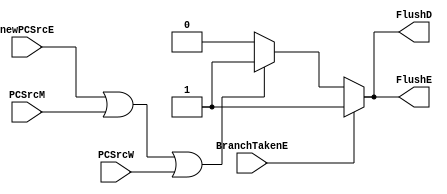
module StallforControlHazard(
    input newPCSrcE,
    input PCSrcM,
    input PCSrcW,
    input BranchTakenE,
    output reg FlushD,
    output reg FlushE
);
  always @(*) begin
    if (BranchTakenE == 1'b1) begin
       FlushD = 1'b1;
       FlushE = 1'b1;
    end
    else if (newPCSrcE == 1'b1 || PCSrcM == 1'b1 || PCSrcW == 1'b1) begin
       FlushD = 1'b1;
       FlushE = 1'b1;
    end
    else begin
       FlushD = 1'b0;
       FlushE = 1'b0;
    end
  end
endmodule

module StallforDataHazard(
    input [3:0] ReadRegister1,
    input [3:0] ReadRegister2,
    input [3:0] WriteRegisterE,
    input [3:0] WriteRegisterW,
    input [1:0] OpcodeE,
    input RegWriteE,
    input RegWriteW,
    input BranchTakenE,
    input IsReadAddr1_ValidE,
    output reg StallF,
    output reg StallD,
    output reg FlushCtrlD
);

    always @(*) begin

        if (RegWriteE == 1'b1 && OpcodeE == 2'b01 && (WriteRegisterE == ReadRegister1 || WriteRegisterE == ReadRegister2
    )) begin // if inst in EXE is "load"
    
                StallF = 1; // pipe registers are disabled when the signal is 0
                StallD = 1;
                FlushCtrlD = 1;
                // when flushCtrlID is 1, input ctrl sig of pipe register ID/EXE will be 0
          end
        else if (BranchTakenE == 1'b0 && RegWriteW == 1'b1 && (WriteRegisterW == ReadRegister1 || WriteRegisterW == ReadRegister2))
           begin StallF = 1; StallD = 1; FlushCtrlD = 1;
           end
        else begin
            StallF = 0;
            StallD = 0;
            FlushCtrlD = 0;
        end
    end

endmodule

module ForwardforDataHazard(
    input [3:0] ReadAddr1E,
    input [3:0] ReadAddr2E,
    input InvalidRegE, // is ReadAddr2 Invalid?
    input [3:0] WriteAddrM,
    input regWriteM,
    input [3:0] WriteAddrW,
    input regWriteW,
    input IsReadAddr1_ValidE, 
    input IsReadAddr2_ValidE, 

    output reg [1:0] ForwardAE,
    output reg [1:0] ForwardBE
);

    wire match1EM;
    wire match1EW;
    wire match2EM;
    wire match2EW;

    // match(x)E(a) means:
    // if ReadRegister(x) in the state E is same to WriteRegister in the stage (a) 
    // then match(x)E(a) is 1; otherwise it is 0
    assign match1EM = (ReadAddr1E == WriteAddrM) ? 1'b1 : 1'b0;
    assign match1EW = (ReadAddr1E == WriteAddrW) ? 1'b1 : 1'b0;
    assign match2EM = (ReadAddr2E == WriteAddrM) ? 1'b1 : 1'b0;
    assign match2EW = (ReadAddr2E == WriteAddrW) ? 1'b1 : 1'b0;

    // 10: forward from MEM stage to EXE stage
    // 01: forward from WB stage to EXE stage
    // 00: normal operation
    always @(*) begin
        // decide ForwardAE
        begin
            if (match1EM && regWriteM)
                ForwardAE = 2'b10;
            else if (match1EW && regWriteW)
                ForwardAE = 2'b01;
            else
                ForwardAE = 2'b00;
        end

        // decide ForwardBE
 
        begin
  
            if (match2EM && regWriteM)
                ForwardBE = 2'b10;
            else if (match2EW && regWriteW)
                ForwardBE = 2'b01;
            else
                ForwardBE = 2'b00;
        end
    end

endmodule